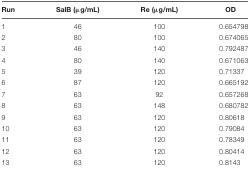
<table><thead><tr><td><b>Run</b></td><td><b>SalB (μg/mL)</b></td><td><b>Re (μg/mL)</b></td><td><b>OD</b></td></tr></thead><tbody><tr><td>1</td><td>46</td><td>100</td><td>0.654798</td></tr><tr><td>2</td><td>80</td><td>100</td><td>0.674065</td></tr><tr><td>3</td><td>46</td><td>140</td><td>0.792487</td></tr><tr><td>4</td><td>80</td><td>140</td><td>0.671063</td></tr><tr><td>5</td><td>39</td><td>120</td><td>0.71337</td></tr><tr><td>6</td><td>87</td><td>120</td><td>0.665192</td></tr><tr><td>7</td><td>63</td><td>92</td><td>0.657268</td></tr><tr><td>8</td><td>63</td><td>148</td><td>0.680782</td></tr><tr><td>9</td><td>63</td><td>120</td><td>0.80618</td></tr><tr><td>10</td><td>63</td><td>120</td><td>0.79084</td></tr><tr><td>11</td><td>63</td><td>120</td><td>0.78349</td></tr><tr><td>12</td><td>63</td><td>120</td><td>0.80414</td></tr><tr><td>13</td><td>63</td><td>120</td><td>0.8143</td></tr></tbody></table>